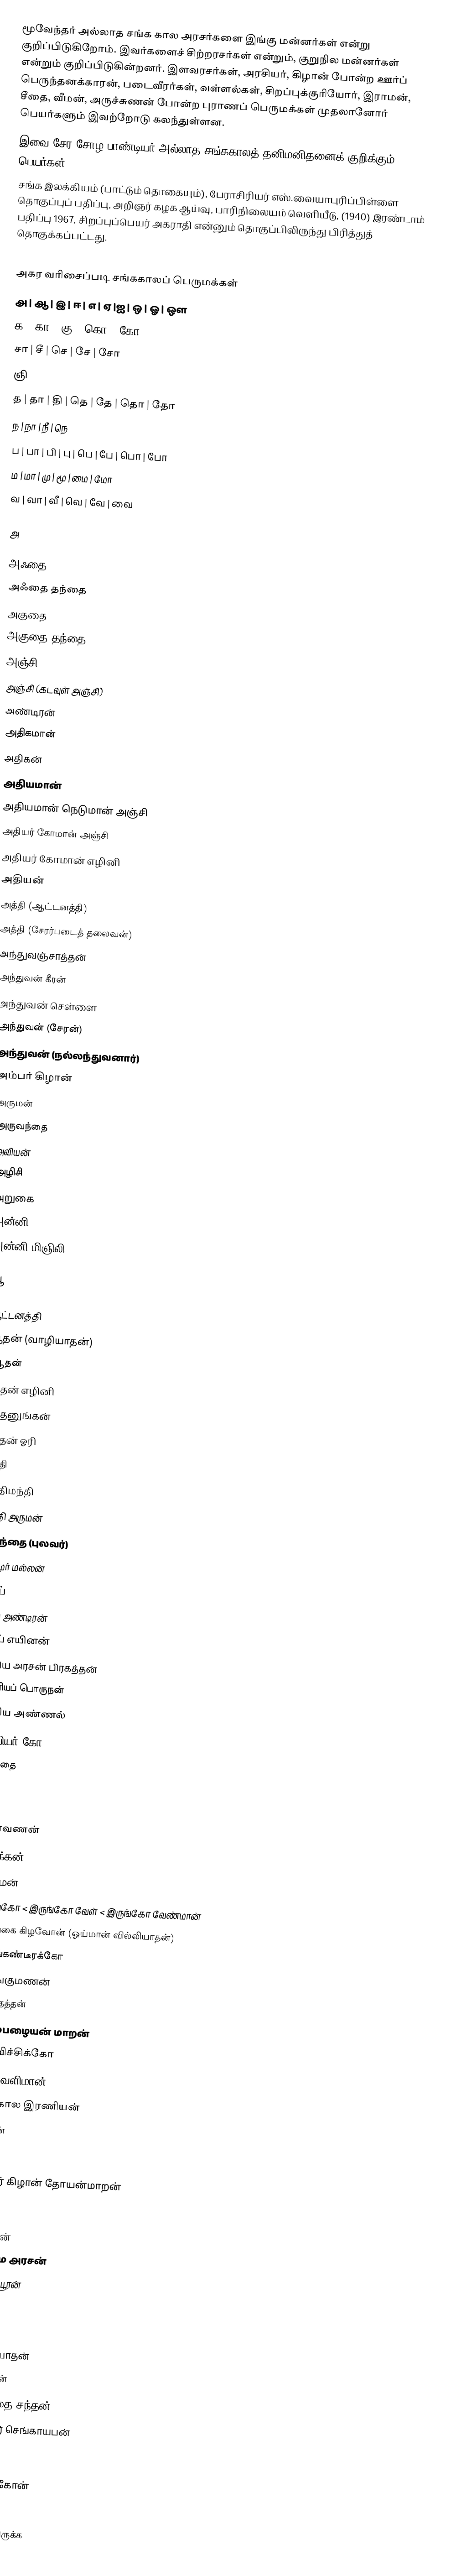
மூவேந்தர் அல்லாத சங்க கால அரசர்களை இங்கு மன்னர்கள் என்று குறிப்பிடுகிறோம். இவர்களைச் சிற்றரசர்கள் என்றும், குறுநில மன்னர்கள் என்றும் குறிப்பிடுகின்றனர். இளவரசர்கள், அரசியர், கிழான் போன்ற ஊர்ப் பெருந்தனக்காரன், படைவீரர்கள், வள்ளல்கள், சிறப்புக்குரியோர், இராமன், சீதை, வீமன், அருச்சுணன் போன்ற புராணப் பெருமக்கள் முதலானோர் பெயர்களும் இவற்றோடு கலந்துள்ளன.
இவை சேர சோழ பாண்டியர் அல்லாத சங்ககாலத் தனிமனிதனைக் குறிக்கும் பெயர்கள்.
 சங்க இலக்கியம் (பாட்டும் தொகையும்), பேராசிரியர் எஸ்.வையாபுரிப்பிள்ளை தொகுப்புப் பதிப்பு, அறிஞர் கழக ஆய்வு, பாரிநிலையம் வெளியீடு, (1940) இரண்டாம் பதிப்பு 1967, சிறப்புப்பெயர் அகராதி என்னும் தொகுப்பிலிருந்து பிரித்துத் தொகுக்கப்பட்டது.

அகர வரிசைப்படி சங்ககாலப் பெருமக்கள்
அ | ஆ | இ | ஈ | எ | ஏ |ஐ | ஒ | ஓ | ஔ
க | கா | கு | கொ | கோ
சா | சீ | செ | சே | சோ
ஞி
த | தா | தி | தெ | தே | தொ | தோ
ந | நா | நீ | நெ
ப | பா | பி | பு | பெ | பே | பொ | போ
ம | மா | மு | மூ | மை | மோ
வ | வா | வீ | வெ | வே | வை

அ

 அஃதை
 அஃதை தந்தை
 அகுதை
 அகுதை தந்தை
 அஞ்சி
 அஞ்சி (கடவுள் அஞ்சி)
 அண்டிரன்
 அதிகமான்
 அதிகன்
 அதியமான்
 அதியமான் நெடுமான் அஞ்சி
 அதியர் கோமான் அஞ்சி
 அதியர் கோமான் எழினி
 அதியன்
 அத்தி (ஆட்டனத்தி)
 அத்தி (சேரர்படைத் தலைவன்)
 அந்துவஞ்சாத்தன்
 அந்துவன் கீரன்
 அந்துவன் செள்ளை
 அந்துவன் (சேரன்)
 அந்துவன் (நல்லந்துவனார்)
 அம்பர் கிழான்
 அருமன்
 அருவந்தை
 அவியன்
 அழிசி
 அறுகை
 அன்னி
 அன்னி மிஞிலி

ஆ

 ஆட்டனத்தி
 ஆதன் (வாழியாதன்)
 ஆதன்
 ஆதன் எழினி
 ஆதனுங்கன்
 ஆதன் ஓரி
 ஆதி
 ஆதிமந்தி
 ஆதி அருமன்
 ஆந்தை (புலவர்)
 ஆமூர் மல்லன்
 ஆய்
 ஆய் அண்டிரன்
 ஆய் எயினன்
 ஆரிய அரசன் பிரகத்தன்
 ஆரியப் பொருநன்
 ஆரிய அண்ணல்
 ஆவியர் கோ
அகுதை

இ

இராவணன்
 இயக்கன்
 இராமன்
 இருங்கோ < இருங்கோ வேள் < இருங்கோ வேண்மான்
 இலங்கை கிழவோன் (ஓய்மான் வில்லியாதன்)
 இளங்கண்டீரக்கோ
 இளங்குமணன்
 இளந்தத்தன்
 இளம்பழையன் மாறன்
 இளவிச்சிக்கோ
 இளவெளிமான்
சங்ககால இரணியன்
எரணன்

ஈ
 ஈந்தூர் கிழான் தோயன்மாறன்

எ
எயினன்
 எருமை அரசன்
 எருமையூரன்
 எவ்வி
 எழினி
 எழினியாதன்
எரவாதன்
சந்தந்தை சந்தன்
ஆற்றூர் செங்காயபன்

ஏ
 ஏறைக்கோன்
 ஏனாதி
 ஏனாதி திருக்க